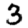
Digit: 3